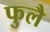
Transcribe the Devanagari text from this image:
फुलै